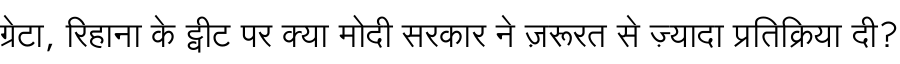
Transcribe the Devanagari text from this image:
ग्रेटा, रिहाना के ट्वीट पर क्या मोदी सरकार ने ज़रूरत से ज़्यादा प्रतिक्रिया दी?